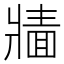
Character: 𱭔